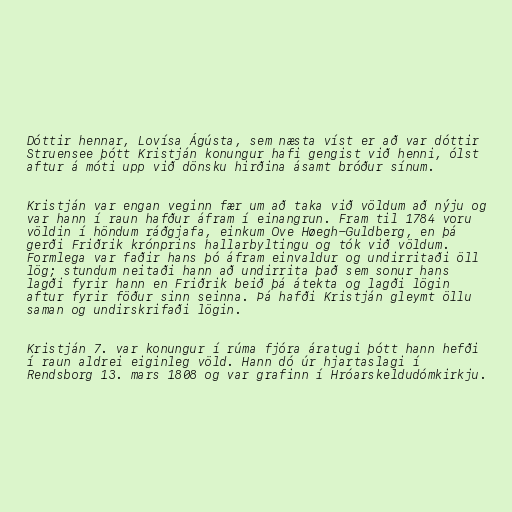
Dóttir hennar, Lovísa Ágústa, sem næsta víst er að var dóttir
Struensee þótt Kristján konungur hafi gengist við henni, ólst
aftur á móti upp við dönsku hirðina ásamt bróður sínum.

Kristján var engan veginn fær um að taka við völdum að nýju og
var hann í raun hafður áfram í einangrun. Fram til 1784 voru
völdin í höndum ráðgjafa, einkum Ove Høegh-Guldberg, en þá
gerði Friðrik krónprins hallarbyltingu og tók við völdum.
Formlega var faðir hans þó áfram einvaldur og undirritaði öll
lög; stundum neitaði hann að undirrita það sem sonur hans
lagði fyrir hann en Friðrik beið þá átekta og lagði lögin
aftur fyrir föður sinn seinna. Þá hafði Kristján gleymt öllu
saman og undirskrifaði lögin.

Kristján 7. var konungur í rúma fjóra áratugi þótt hann hefði
í raun aldrei eiginleg völd. Hann dó úr hjartaslagi í
Rendsborg 13. mars 1808 og var grafinn í Hróarskeldudómkirkju.